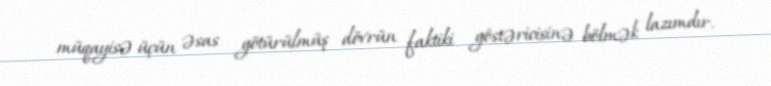
müqayisə üçün əsas götürülmüş dövrün faktiki göstəricisinə bölmək lazımdır.